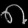
Digit: ၈